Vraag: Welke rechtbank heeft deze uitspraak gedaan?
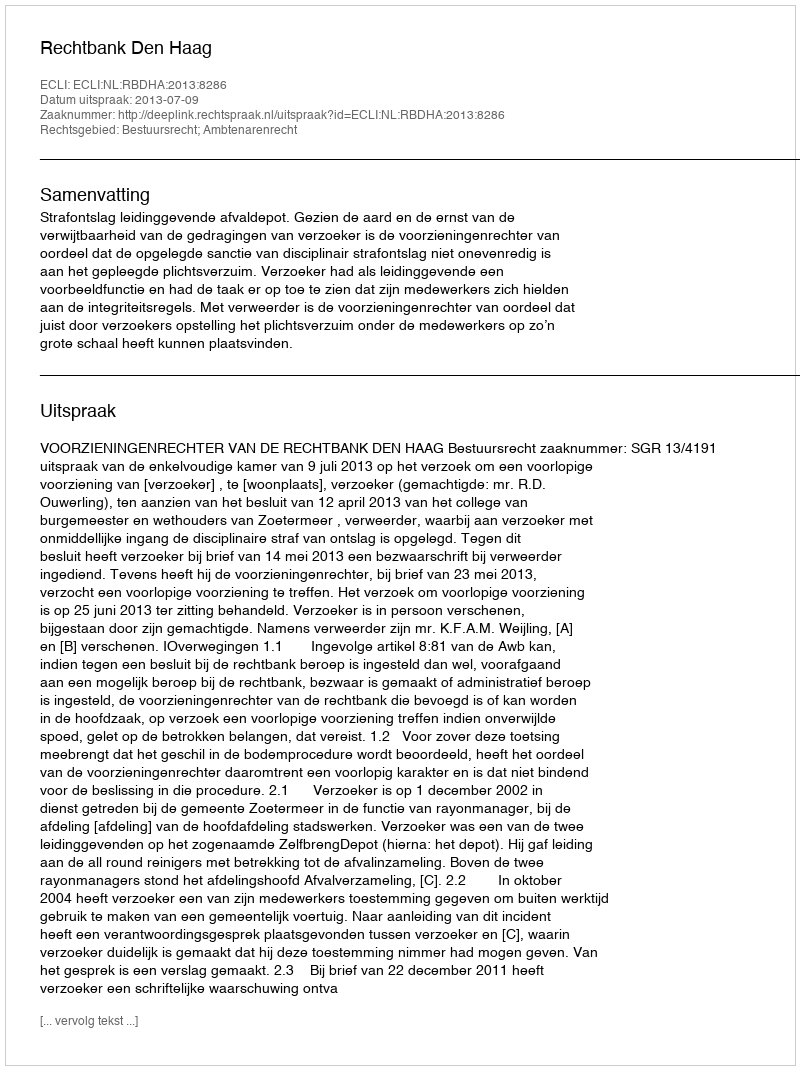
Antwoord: Rechtbank Den Haag